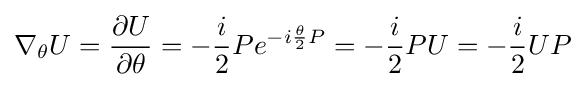
\nabla _{\theta }U={\frac {\partial U}{\partial \theta }}=-{\frac {i}{2}}Pe^{-i{\frac {\theta }{2}}P}=-{\frac {i}{2}}PU=-{\frac {i}{2}}UP